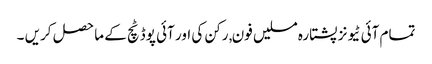
تمام آئی ٹیونز پشتارہ مسلیں فون, رکن کی اور آئی پوڈ ٹچ کے ماحصل کریں ۔